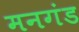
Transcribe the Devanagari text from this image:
मनगंड